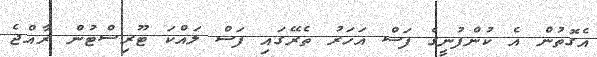
އެގޮތުން އެ ކުންފުނީގެ ފަސް އަހަރު ތެރޭގައި ފަސް ލައްކަ ޓޫރިސްޓުން ރާއްޖެ